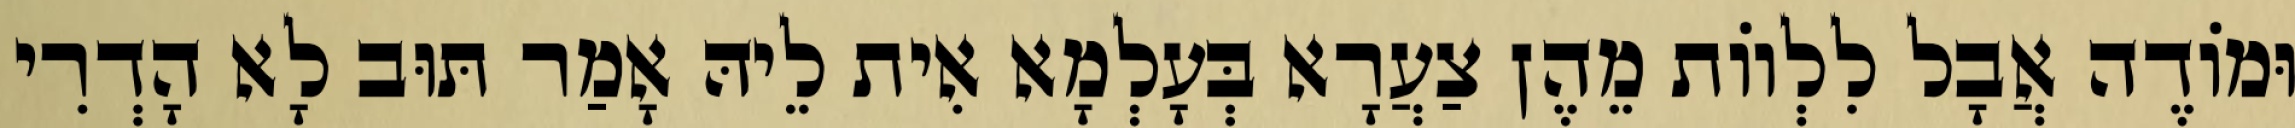
וּמוֹדֶה אֲבָל לִלְווֹת מֵהֶן צַעֲרָא בְּעָלְמָא אִית לֵיהּ אָמַר תּוּב לָא הָדְרִי